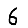
Digit: 6